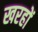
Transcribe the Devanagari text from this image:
खरहों